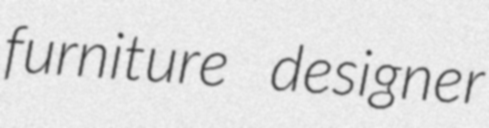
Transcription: furniture designer